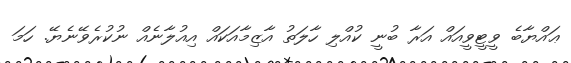
ޢައްޔާބެ ވީޓީވީއައް އަރާ ބުނީ ކުއްލި ހާލަތު އާޒިމާއަކައް އިއުލާނެއް ނުކުރެވޭނެޔޭ. ހަމަ